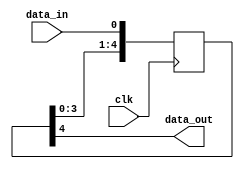
`timescale 1ns / 1ps
//////////////////////////////////////////////////////////////////////////////////
// Company: 
// Engineer: 
// 
// Design Name: 
// Module Name: sync_block
// Project Name: 
// Target Devices: 
// Tool Versions: 
// Description: 
// 
// Dependencies: 
// 
// Revision:
// Revision 0.01 - File Created
// Additional Comments:
// 
//////////////////////////////////////////////////////////////////////////////////

(* dont_touch = "yes" *)
module sync_block
  #( parameter   C_NUM_SYNC_REGS = 5 )
  (
    input   wire  clk,
    input   wire  data_in,
    output  wire  data_out
  );

(* shreg_extract = "no", ASYNC_REG = "TRUE" *) reg  [C_NUM_SYNC_REGS-1:0]    sync1_r = {C_NUM_SYNC_REGS{1'b0}};

  //----------------------------------------------------------------------------
  // Synchronizer
  //----------------------------------------------------------------------------
  always @(posedge clk) begin
    sync1_r <= {sync1_r[C_NUM_SYNC_REGS-2:0], data_in};
  end

  assign data_out = sync1_r[C_NUM_SYNC_REGS-1];

endmodule